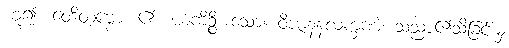
ဟူ၍။ ဝေဒိတဗ္ဗော၊ ၏။ ယံကိဉ္စိ၊ သော။ ဝိဇာနနလက္ခဏံ၊ သညာ၏သိခြင်းမှ